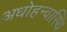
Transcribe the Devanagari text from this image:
अधोहन्वास्थि